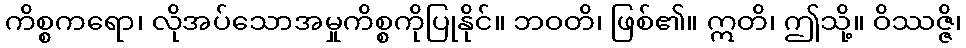
ကိစ္စကရော၊ လိုအပ်သောအမှုကိစ္စကိုပြုနိုင်။ ဘဝတိ၊ ဖြစ်၏။ ဣတိ၊ ဤသို့။ ဝိဿဇ္ဇိ၊